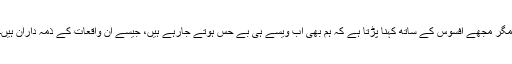
مگر مجھے افسوس کے ساتھ کہنا پڑتا ہے کہ ہم بھی اب ویسے ہی بے حس ہوتے جارہے ہیں، جیسے ان واقعات کے ذمہ داران ہیں۔